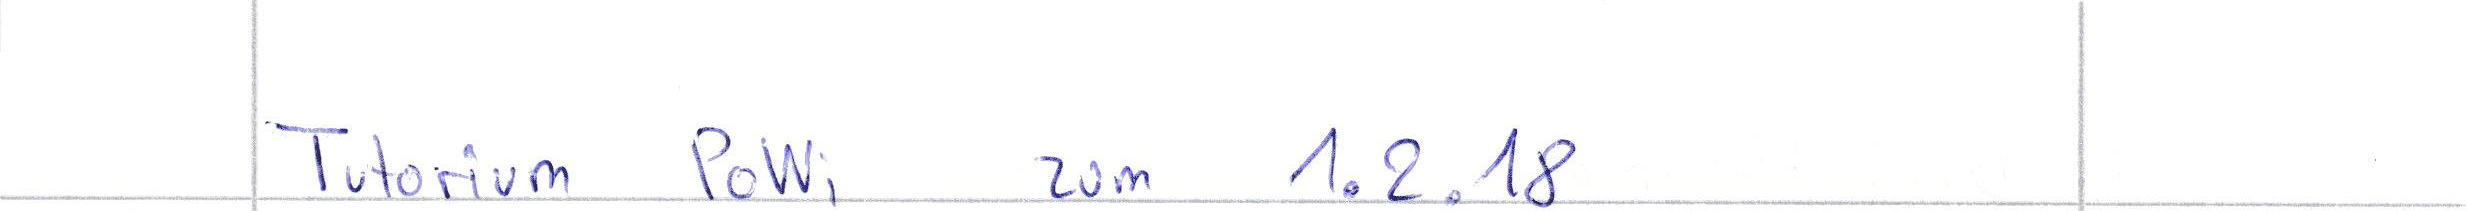
Tutorium PoWi zum 1.2.18